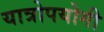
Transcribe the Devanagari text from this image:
यात्रोपयोगी